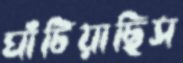
ঘাঁটিয়াছিস